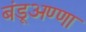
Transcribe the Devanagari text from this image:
बंडूअण्णा